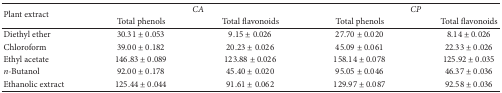
<table><thead><tr><td rowspan="2"><b>Plant extract</b></td><td colspan="2"><b><i>CA</i></b></td><td colspan="2"><b><i>CP</i></b></td></tr><tr><td><b>Total phenols</b></td><td><b>Total flavonoids</b></td><td><b>Total phenols</b></td><td><b>Total flavonoids</b></td></tr></thead><tbody><tr><td>Diethyl ether</td><td>30.31 ± 0.053</td><td>9.15 ± 0.026</td><td>27.70 ± 0.020</td><td>8.14 ± 0.026</td></tr><tr><td>Chloroform</td><td>39.00 ± 0.182</td><td>20.23 ± 0.026</td><td>45.09 ± 0.061</td><td>22.33 ± 0.026</td></tr><tr><td>Ethyl acetate</td><td>146.83 ± 0.089</td><td>123.88 ± 0.026</td><td>158.14 ± 0.078</td><td>125.92 ± 0.035</td></tr><tr><td><i>n</i>-Butanol</td><td>92.00 ± 0.178</td><td>45.40 ± 0.020</td><td>95.05 ± 0.046</td><td>46.37 ± 0.036</td></tr><tr><td>Ethanolic extract</td><td>125.44 ± 0.044</td><td>91.61 ± 0.062</td><td>129.97 ± 0.087</td><td>92.58 ± 0.036</td></tr></tbody></table>